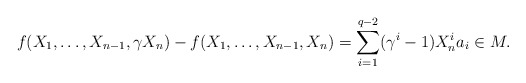
\begin{align*}f(X_1,\dots,X_{n-1},\gamma X_n)-f(X_1,\dots,X_{n-1}, X_n)=\sum_{i=1}^{q-2}(\gamma^i-1)X_n^ia_i\in M.\end{align*}